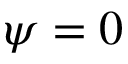
\psi = 0